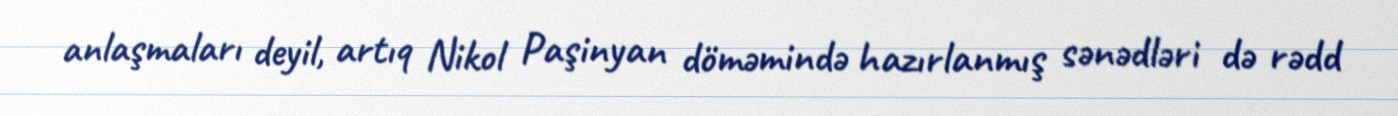
anlaşmaları deyil, artıq Nikol Paşinyan döməmində hazırlanmış sənədləri də rədd